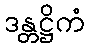
ဒန္တဋ္ဌိကံ